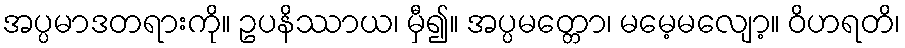
အပ္ပမာဒတရားကို။ ဥပနိဿာယ၊ မှီ၍။ အပ္ပမတ္တော၊ မမေ့မလျော့။ ဝိဟရတိ၊